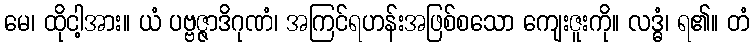
မေ၊ ထိုငါ့အား။ ယံ ပဗ္ဗဇ္ဇာဒိဂုဏံ၊ အကြင်ရဟန်းအဖြစ်စသော ကျေးဇူးကို။ လဒ္ဓံ၊ ရ၏။ တံ